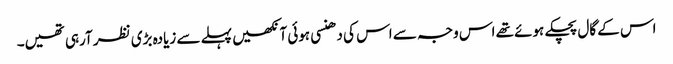
اس کے گال پچکے ہوئے تھے اس وجہ سے اس کی دھنسی ہوئی آنکھیں پہلے سے زیادہ بڑی نظر آرہی تھیں۔